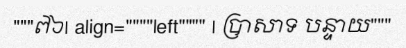
"""៧៦| align=""""left"""" | ប្រាសាទ បន្ទាយ"""